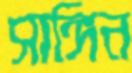
সাঙ্গিন